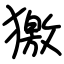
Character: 獥